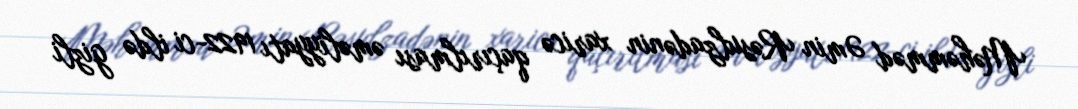
Məhəmməd Əmin Rəsulzadənin xaricə qaçırılması əməliyyatı 1922-ci ildə gizli